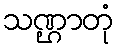
သဏ္ဌာတုံ